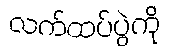
လက်ထပ်ပွဲကို